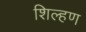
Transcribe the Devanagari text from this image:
शिल्हण